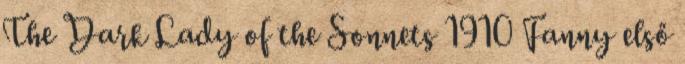
The Dark Lady of the Sonnets 1910 Fanny első